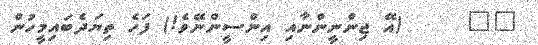
٥٣     (އޭ ޖިންނީންނާއި އިންސީންނޭވެ!) ފަހެ ތިޔަދެބައިމީހުން